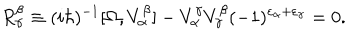
R _ { \alpha } ^ { \beta } \equiv ( i \hbar ) ^ { - 1 } [ \Omega , V _ { \alpha } ^ { \beta } ] - V _ { \alpha } ^ { \gamma } V _ { \gamma } ^ { \beta } ( - 1 ) ^ { \varepsilon _ { \alpha } + \varepsilon _ { \gamma } } = 0 .